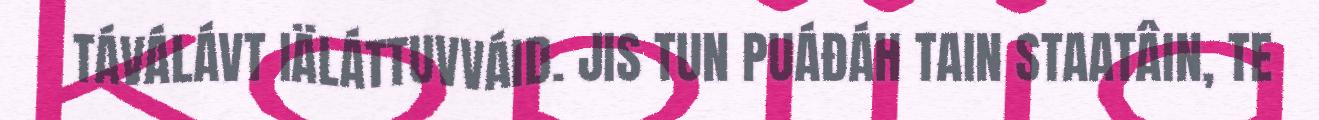
TÁVÁLÁVT IÄLÁTTUVVÁID. JIS TUN PUÁĐÁH TAIN STAATÂIN, TE